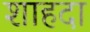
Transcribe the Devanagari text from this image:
शाहदा